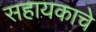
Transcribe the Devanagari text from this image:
सहायकाचे